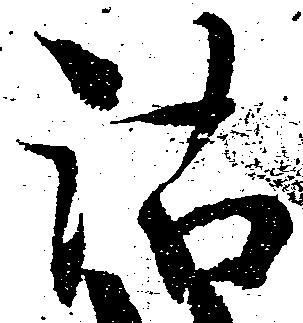
沽